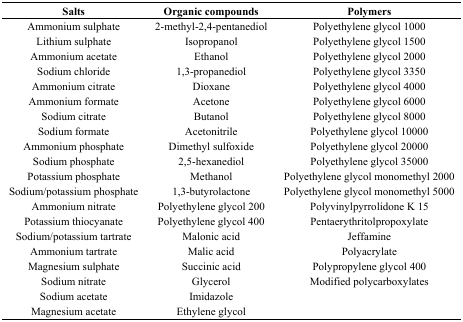
<table><thead><tr><td><b>Salts</b></td><td><b>Organic compounds</b></td><td><b>Polymers</b></td></tr></thead><tbody><tr><td>Ammonium sulphate</td><td>2-methyl-2,4-pentanediol</td><td>Polyethylene glycol 1000</td></tr><tr><td>Lithium sulphate</td><td>Isopropanol</td><td>Polyethylene glycol 1500</td></tr><tr><td>Ammonium acetate</td><td>Ethanol</td><td>Polyethylene glycol 2000</td></tr><tr><td>Sodium chloride</td><td>1,3-propanediol</td><td>Polyethylene glycol 3350</td></tr><tr><td>Ammonium citrate</td><td>Dioxane</td><td>Polyethylene glycol 4000</td></tr><tr><td>Ammonium formate</td><td>Acetone</td><td>Polyethylene glycol 6000</td></tr><tr><td>Sodium citrate</td><td>Butanol</td><td>Polyethylene glycol 8000</td></tr><tr><td>Sodium formate</td><td>Acetonitrile</td><td>Polyethylene glycol 10000</td></tr><tr><td>Ammonium phosphate</td><td>Dimethyl sulfoxide</td><td>Polyethylene glycol 20000</td></tr><tr><td>Sodium phosphate</td><td>2,5-hexanediol</td><td>Polyethylene glycol 35000</td></tr><tr><td>Potassium phosphate</td><td>Methanol</td><td>Polyethylene glycol monomethyl 2000</td></tr><tr><td>Sodium/potassium phosphate</td><td>1,3-butyrolactone</td><td>Polyethylene glycol monomethyl 5000</td></tr><tr><td>Ammonium nitrate</td><td>Polyethylene glycol 200</td><td>Polyvinylpyrrolidone K 15</td></tr><tr><td>Potassium thiocyanate</td><td>Polyethylene glycol 400</td><td>Pentaerythritolpropoxylate</td></tr><tr><td>Sodium/potassium tartrate</td><td>Malonic acid</td><td>Jeffamine</td></tr><tr><td>Ammonium tartrate</td><td>Malic acid</td><td>Polyacrylate</td></tr><tr><td>Magnesium sulphate</td><td>Succinic acid</td><td>Polypropylene glycol 400</td></tr><tr><td>Sodium nitrate</td><td>Glycerol</td><td>Modified polycarboxylates</td></tr><tr><td>Sodium acetate</td><td>Imidazole</td><td></td></tr><tr><td>Magnesium acetate</td><td>Ethylene glycol</td><td></td></tr></tbody></table>